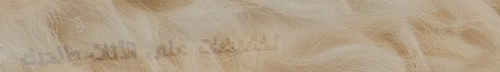
تخفيضات على الأثاث والديك